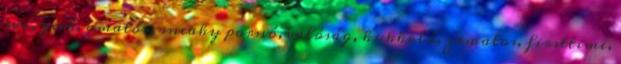
wc, geek, amatőr, sneaky pornó, valóság, kukkoló, zamatos, firsttime,